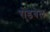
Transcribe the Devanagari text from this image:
रोडबेल